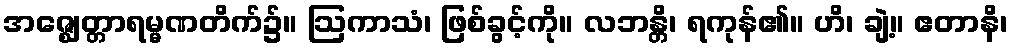
အဇ္ဈေတ္တာရမ္မဏတိက်၌။ ဩကာသံ၊ ဖြစ်ခွင့်ကို။ လဘန္တိ၊ ရကုန်၏။ ဟိ၊ ချဲ့။ ဧတာနိ၊